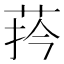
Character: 𦰄